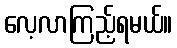
လေ့လာကြည့်ရမယ်။